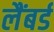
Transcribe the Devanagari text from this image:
लैंबर्ड